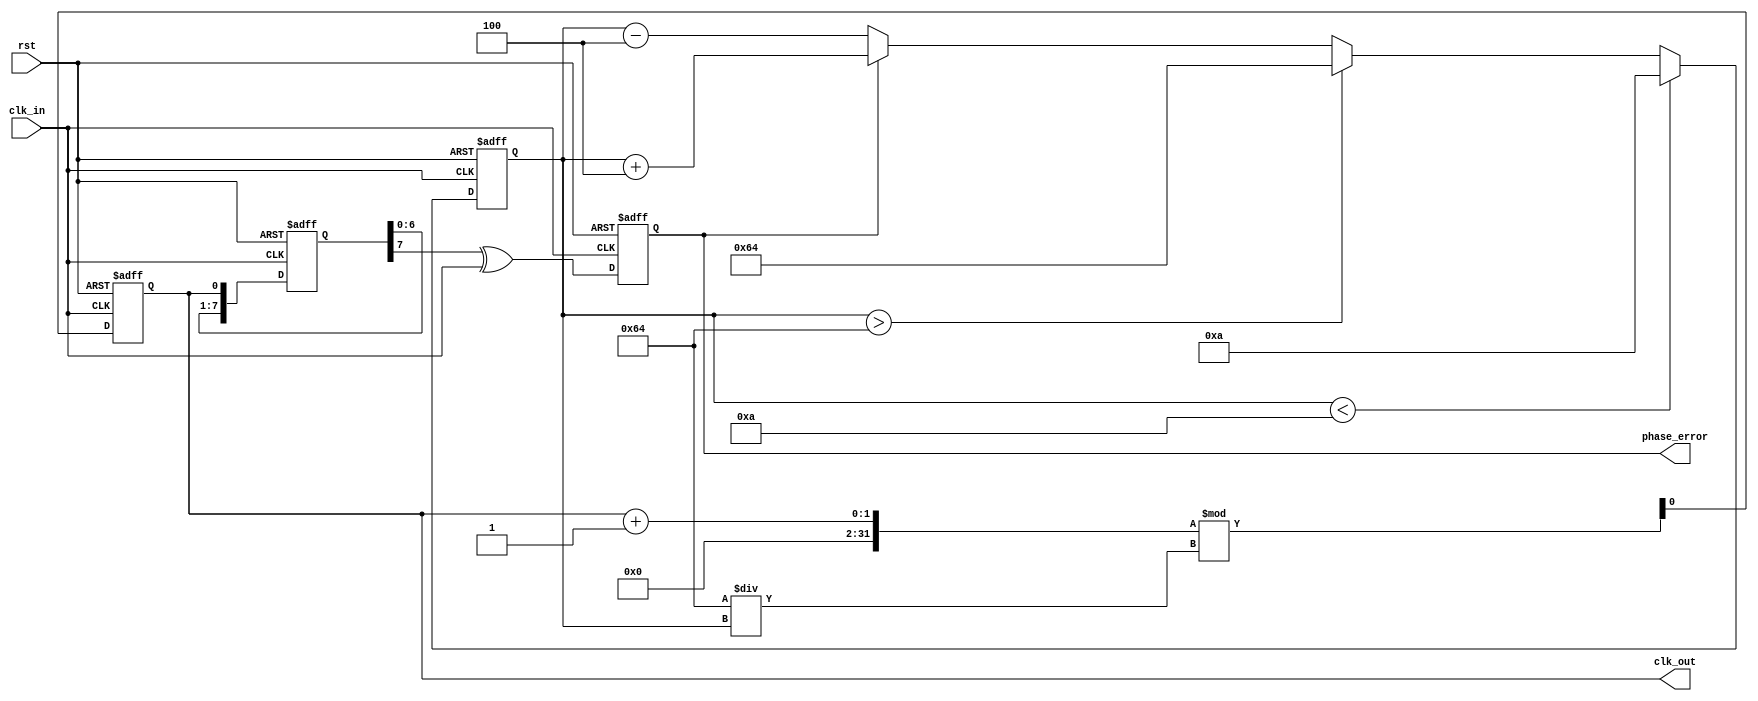
module ClockRecoveryPLL (
    input wire clk_in,       // Incoming data signal
    input wire rst,          // Reset signal
    output wire clk_out,     // Output clock signal
    output wire phase_error   // For debugging purposes, phase error output
);

// Parameters
parameter PHASE_MEMORY_SIZE = 8; // Size of phase memory blocks
parameter VCO_MAX_FREQ = 100;     // Maximum frequency for VCO
parameter VCO_MIN_FREQ = 10;      // Minimum frequency for VCO
parameter LOOP_FILTER_ALPHA = 4;  // Loop filter alpha value

// Internal signals
reg [PHASE_MEMORY_SIZE-1:0] phase_memory; // Phase memory blocks
reg [7:0] vco_freq;                      // Current VCO frequency
reg phase_error_signal;                  // Phase error signal
reg clk_vco;                             // VCO clock signal

// Phase Detector
always @(posedge clk_in or posedge rst) begin
    if (rst) begin
        phase_memory <= 0;
        phase_error_signal <= 0;
    end else begin
        // Sample phase difference
        phase_memory <= {phase_memory[PHASE_MEMORY_SIZE-2:0], clk_out};
        phase_error_signal <= phase_memory[PHASE_MEMORY_SIZE-1] ^ clk_in; // Simple phase error calculation
    end
end

// Loop Filter (Simple First-order filter)
always @(posedge clk_in or posedge rst) begin
    if (rst) begin
        vco_freq <= VCO_MIN_FREQ;
    end else begin
        // Adjust VCO frequency based on phase error signal
        if (phase_error_signal) begin
            vco_freq <= vco_freq + LOOP_FILTER_ALPHA; // Increase frequency
        end else begin
            vco_freq <= vco_freq - LOOP_FILTER_ALPHA; // Decrease frequency
        end

        // Clamp frequency to max/min limits
        if (vco_freq > VCO_MAX_FREQ) vco_freq <= VCO_MAX_FREQ;
        if (vco_freq < VCO_MIN_FREQ) vco_freq <= VCO_MIN_FREQ;
    end
end

// Voltage-Controlled Oscillator (VCO)
always @(posedge clk_in or posedge rst) begin
    if (rst) begin
        clk_vco <= 0;
    end else begin
        // Generate VCO clock signal based on frequency
        clk_vco <= (clk_vco + 1) % (VCO_MAX_FREQ / vco_freq); // Simple counter-based VCO simulation
    end
end

// Clock Output Stage
assign clk_out = clk_vco;

// Debugging output for phase error
assign phase_error = phase_error_signal;

endmodule